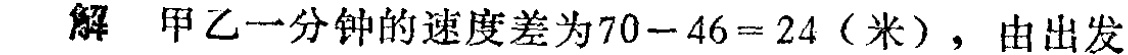
解 甲乙一分钟的速度差为\(70 - 46 = 24\)（米），由出发